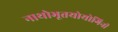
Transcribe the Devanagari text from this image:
नाथोभूतयोयोगिनी